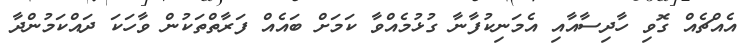
އެއްޗެއް ގޮވި ހާދިސާއާއި އެމަނިކުފާނާ ގުޅުމެއްވާ ކަމަށް ބައެއް ފަރާތްތަކުން ވާހަކަ ދައްކަމުންދާ